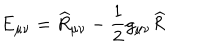
\mathrm { E } _ { \mu \nu } = \widehat { R } _ { \mu \nu } - \frac { 1 } { 2 } g _ { \mu \nu } \widehat { R }